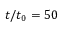
t / t _ { 0 } = 5 0